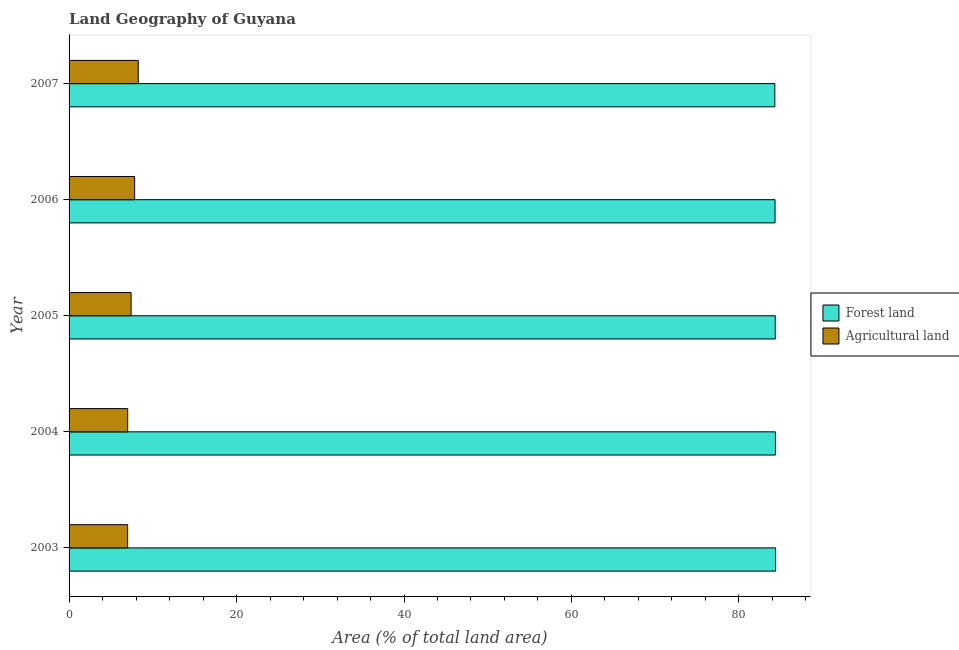
| Year | Forest land | Agricultural land |
 | --- | --- | --- |
 | 2003 | 84.4 | 7 |
 | 2004 | 84.4 | 7 |
 | 2005 | 84.3 | 7.41 |
 | 2006 | 84.3 | 7.83 |
 | 2007 | 84.3 | 8.26 |